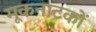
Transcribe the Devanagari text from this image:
मूकनाटकों